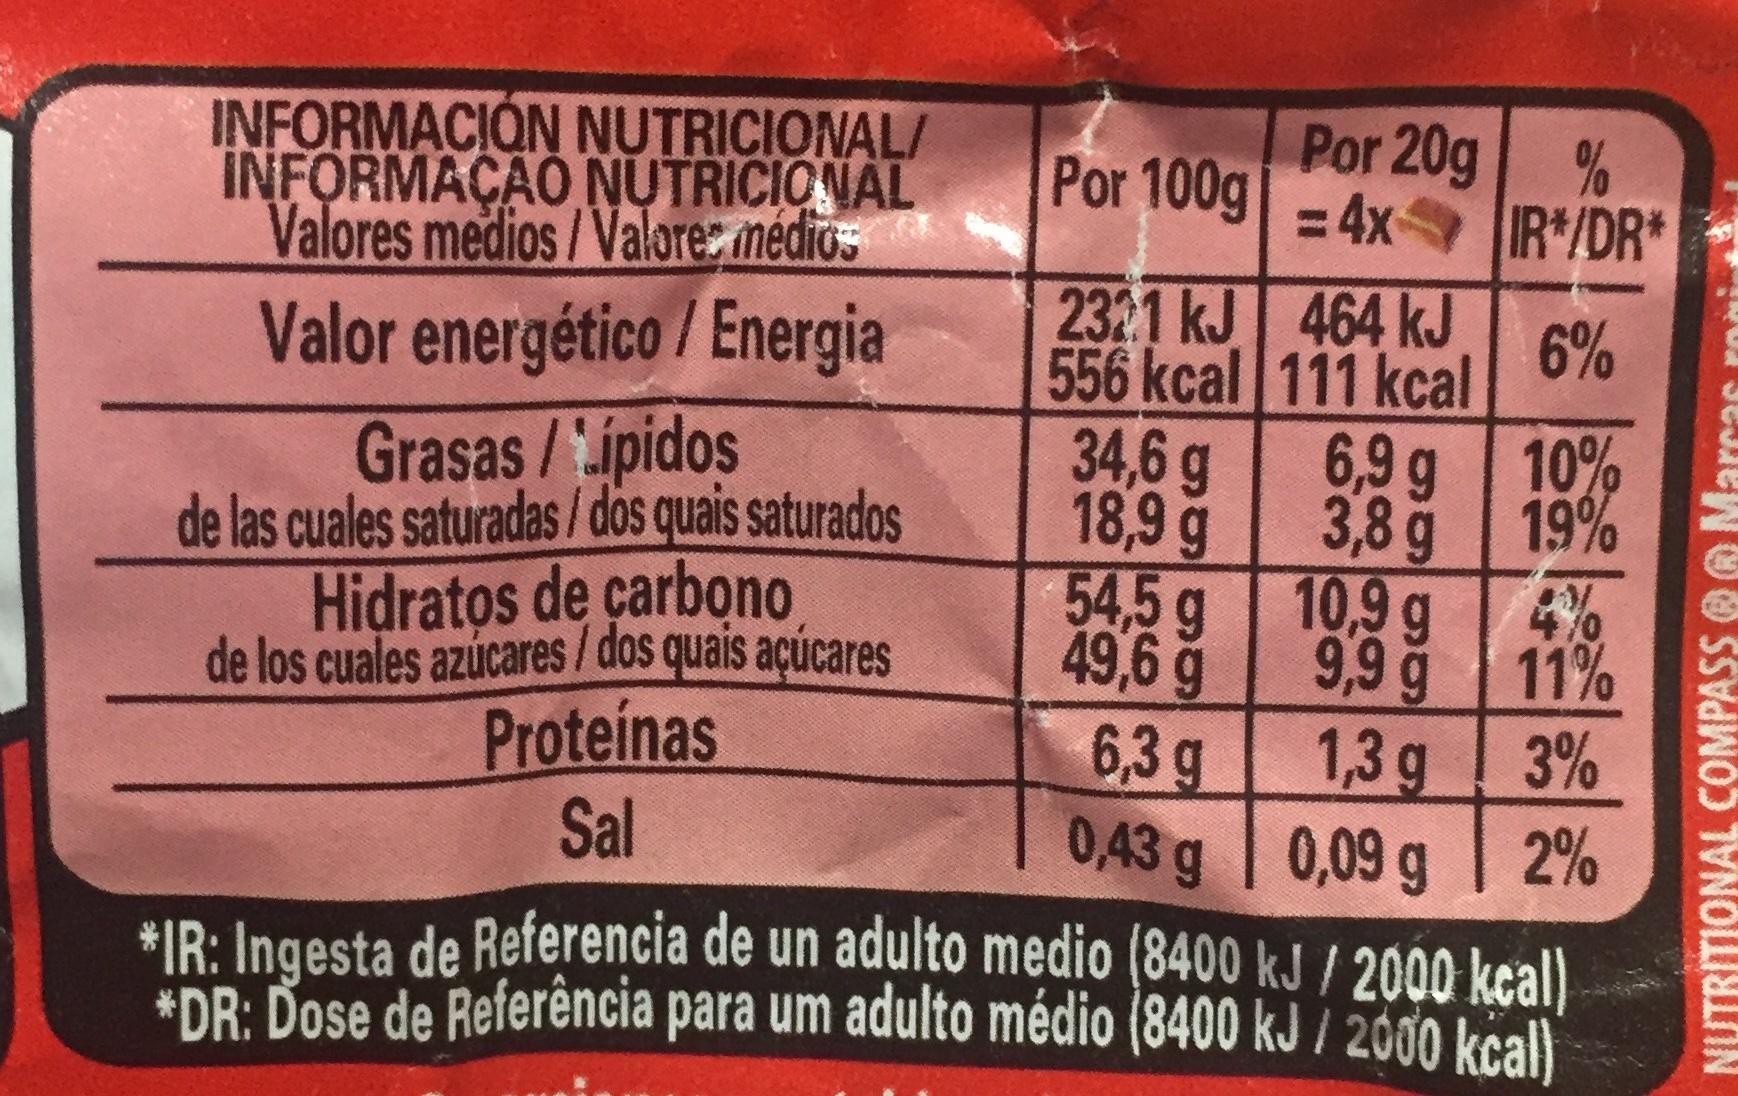
Por 20g % -4x IR/DR*
6%
10%
19% 4%
54,5 g
10,9 g
49,6 g
9,9 g
11%
6,3 g
1,3 g
3%
0,43 g
0,09 g 2%
*IR: Ingesta de Referencia de un adulto medio (8400 kJ / 2000 kcal) *DR: Dose de Referência para um adulto médio (8400 kJ / 2000 kcal)
INFORMACION NUTRICIONAL/ INFORMAÇÃO NUTRICIONAL Valores medios/Valores médios
Valor energético / Energia
Grasas /ípidos de las cuales saturadas / dos quais saturados
Hidratos de carbono de los cuales azúcares / dos quais açúcares
Proteínas
Sal
Por 100g
2321 kJ
556 kcal
34,6 g
18,9 g
464 kJ
111 kcal
6,9 g
3,8 g
**
NUTRITIONAL COMPASS Ma